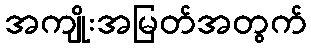
အကျိုးအမြတ်အတွက်